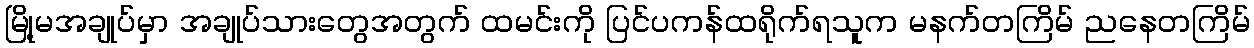
မြို့မအချုပ်မှာ အချုပ်သားတွေအတွက် ထမင်းကို ပြင်ပကန်ထရိုက်ရသူက မနက်တကြိမ် ညနေတကြိမ်